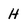
Character: H